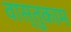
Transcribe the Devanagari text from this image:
वास्तुकाम